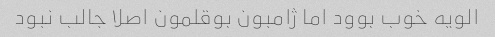
الویه خوب بوود اما ژامبون‌ بوقلمون اصلا جالب نبود